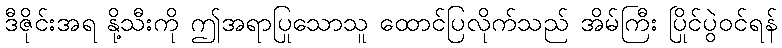
ဒီဇိုင်းအရ နို့သီးကို ဤအရာပြုသောသူ ထောင်ပြလိုက်သည် အိမ်ကြီး ပြိုင်ပွဲဝင်ရန်